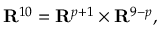
{ \bf R } ^ { 1 0 } = { \bf R } ^ { p + 1 } \times { \bf R } ^ { 9 - p } ,